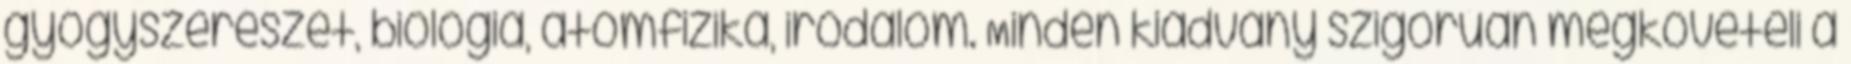
gyógyszerészet, biológia, atomfizika, irodalom. Minden kiadvány szigorúan megköveteli a